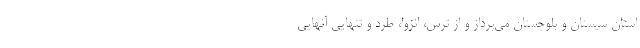
استان سيستان و بلوچستان مي‌پرداز و از ترس، انزوا، طرد و تنهايي آنهايي